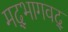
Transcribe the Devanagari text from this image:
मद्‌भागवद्‌